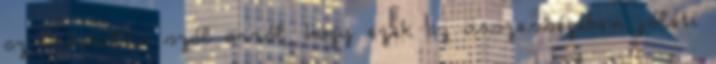
az indokolás szól arról, hogy ezek az összességében jóléti